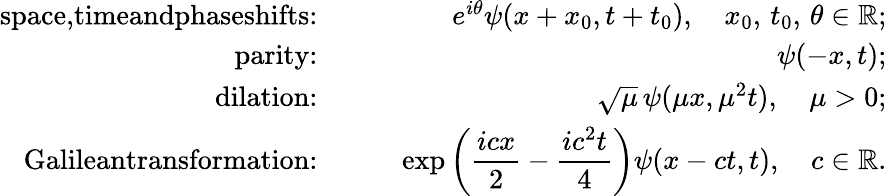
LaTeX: \begin{array}{rlr}{\textrm{space,timeandphaseshifts:}\quad}&{}&{e^{i\theta}\psi(x+x_{0},t+t_{0}),\quad x_{0},\, t_{0},\, \theta\in\mathbb{R};}\\ {\textrm{parity:}\quad}&{}&{\psi(-x,t);}\\ {\textrm{dilation:}\quad}&{}&{\sqrt{\mu}\, \psi(\mu x,\mu^{2}t),\quad\mu>0;}\\ {\textrm{Galileantransformation:}\quad}&{}&{\displaystyle\exp\left(\frac{icx}{2}-\frac{ic^{2}t}{4}\right)\psi(x-ct,t),\quad c\in\mathbb{R}.}\end{array}